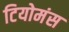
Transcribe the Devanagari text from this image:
टियोमंस